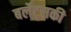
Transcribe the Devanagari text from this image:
बर्लेट्सकी